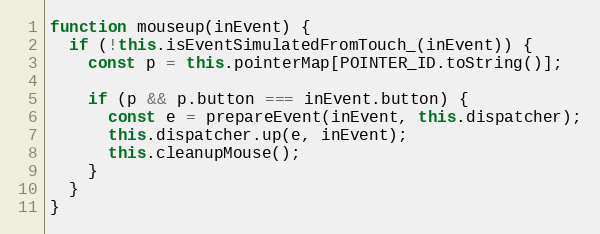
Language: JavaScript
function mouseup(inEvent) {
  if (!this.isEventSimulatedFromTouch_(inEvent)) {
    const p = this.pointerMap[POINTER_ID.toString()];

    if (p && p.button === inEvent.button) {
      const e = prepareEvent(inEvent, this.dispatcher);
      this.dispatcher.up(e, inEvent);
      this.cleanupMouse();
    }
  }
}